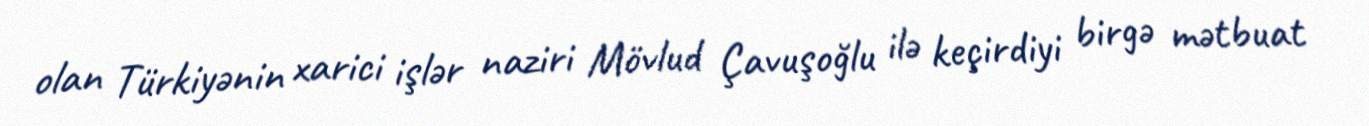
olan Türkiyənin xarici işlər naziri Mövlud Çavuşoğlu ilə keçirdiyi birgə mətbuat